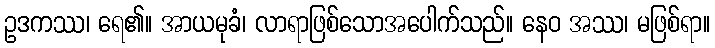
ဥဒကဿ၊ ရေ၏။ အာယမုခံ၊ လာရာဖြစ်သောအပေါက်သည်။ နေဝ အဿ၊ မဖြစ်ရာ။